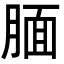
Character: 腼